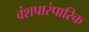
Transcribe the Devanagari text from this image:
वंशपारंपारिक